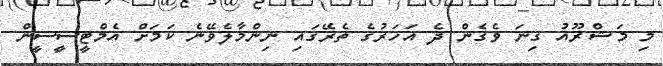
މި މަޝްރޫއު ގިނަ ވެގެން ދެ އަހަރުގެ ތެރޭގައި ނިންމާލެވޭނެ ކަމަށް އެމްޓީސީސީން